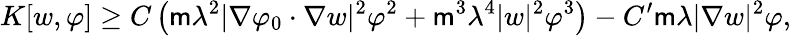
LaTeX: K[w,\varphi]\geq C\left(\mathsf{m}\lambda^{2}|\nabla\varphi_{0}\cdot\nabla w|^{2}\varphi^{2}+\mathsf{m}^{3}\lambda^{4}|w|^{2}\varphi^{3}\right)-C^{\prime}\mathsf{m}\lambda|\nabla w|^{2}\varphi,